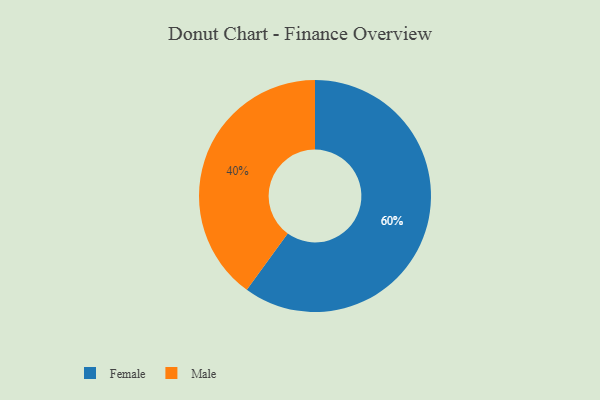
{"axis": {"x": "Category", "y": "Percentage"}, "legend": ["Female", "Male"], "data": [{"x": "Male", "y": 40, "type": "Male"}, {"x": "Female", "y": 60, "type": "Female"}]}